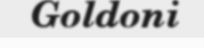
Goldoni